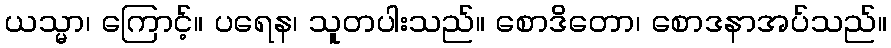
ယသ္မာ၊ ကြောင့်။ ပရေန၊ သူတပါးသည်။ စောဒိတော၊ စောဒနာအပ်သည်။